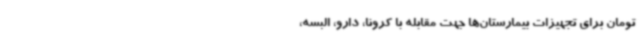
تومان برای تجهیزات بیمارستان‌ها جهت مقابله با کرونا، دارو، البسه،